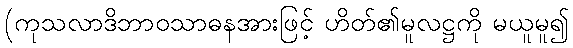
(ကုသလာဒိဘာဝသာဓနအားဖြင့် ဟိတ်၏မူလဋ္ဌကို မယူမူ၍